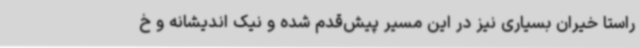
راستا خیران بسیاری نیز در این مسیر پیش‌قدم شده و نیک اندیشانه و خ